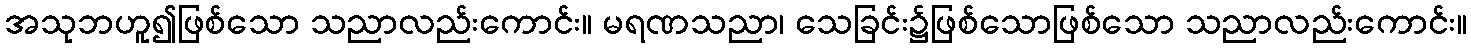
အသုဘဟူ၍ဖြစ်သော သညာလည်းကောင်း။ မရဏသညာ၊ သေခြင်း၌ဖြစ်သောဖြစ်သော သညာလည်းကောင်း။